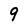
Character: 9